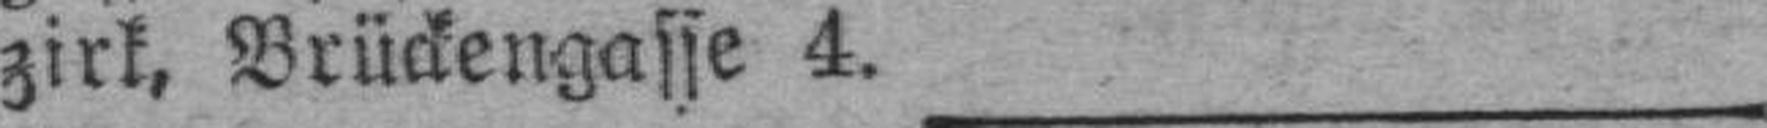
zirk, Brückengasse 4.